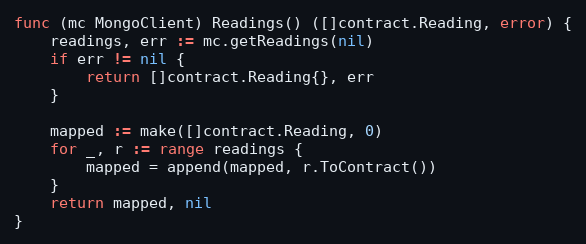
Language: Go
func (mc MongoClient) Readings() ([]contract.Reading, error) {
	readings, err := mc.getReadings(nil)
	if err != nil {
		return []contract.Reading{}, err
	}

	mapped := make([]contract.Reading, 0)
	for _, r := range readings {
		mapped = append(mapped, r.ToContract())
	}
	return mapped, nil
}